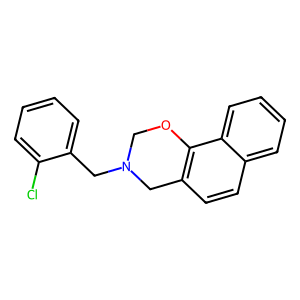
SMILES: Clc1ccccc1CN1COc2c(ccc3ccccc23)C1
Inhibits HIV replication: No